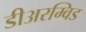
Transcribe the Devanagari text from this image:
डीअरम्विड